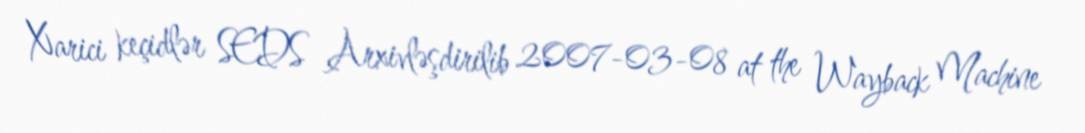
Xarici keçidlər SEDS Arxivləşdirilib 2007-03-08 at the Wayback Machine